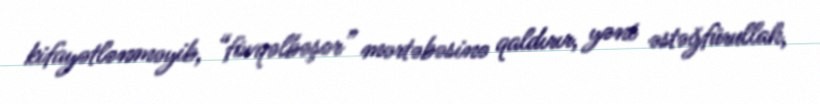
kifayətlənməyib, “fövqəlbəşər” mərtəbəsinə qaldırır, yəni əstəğfürullah,